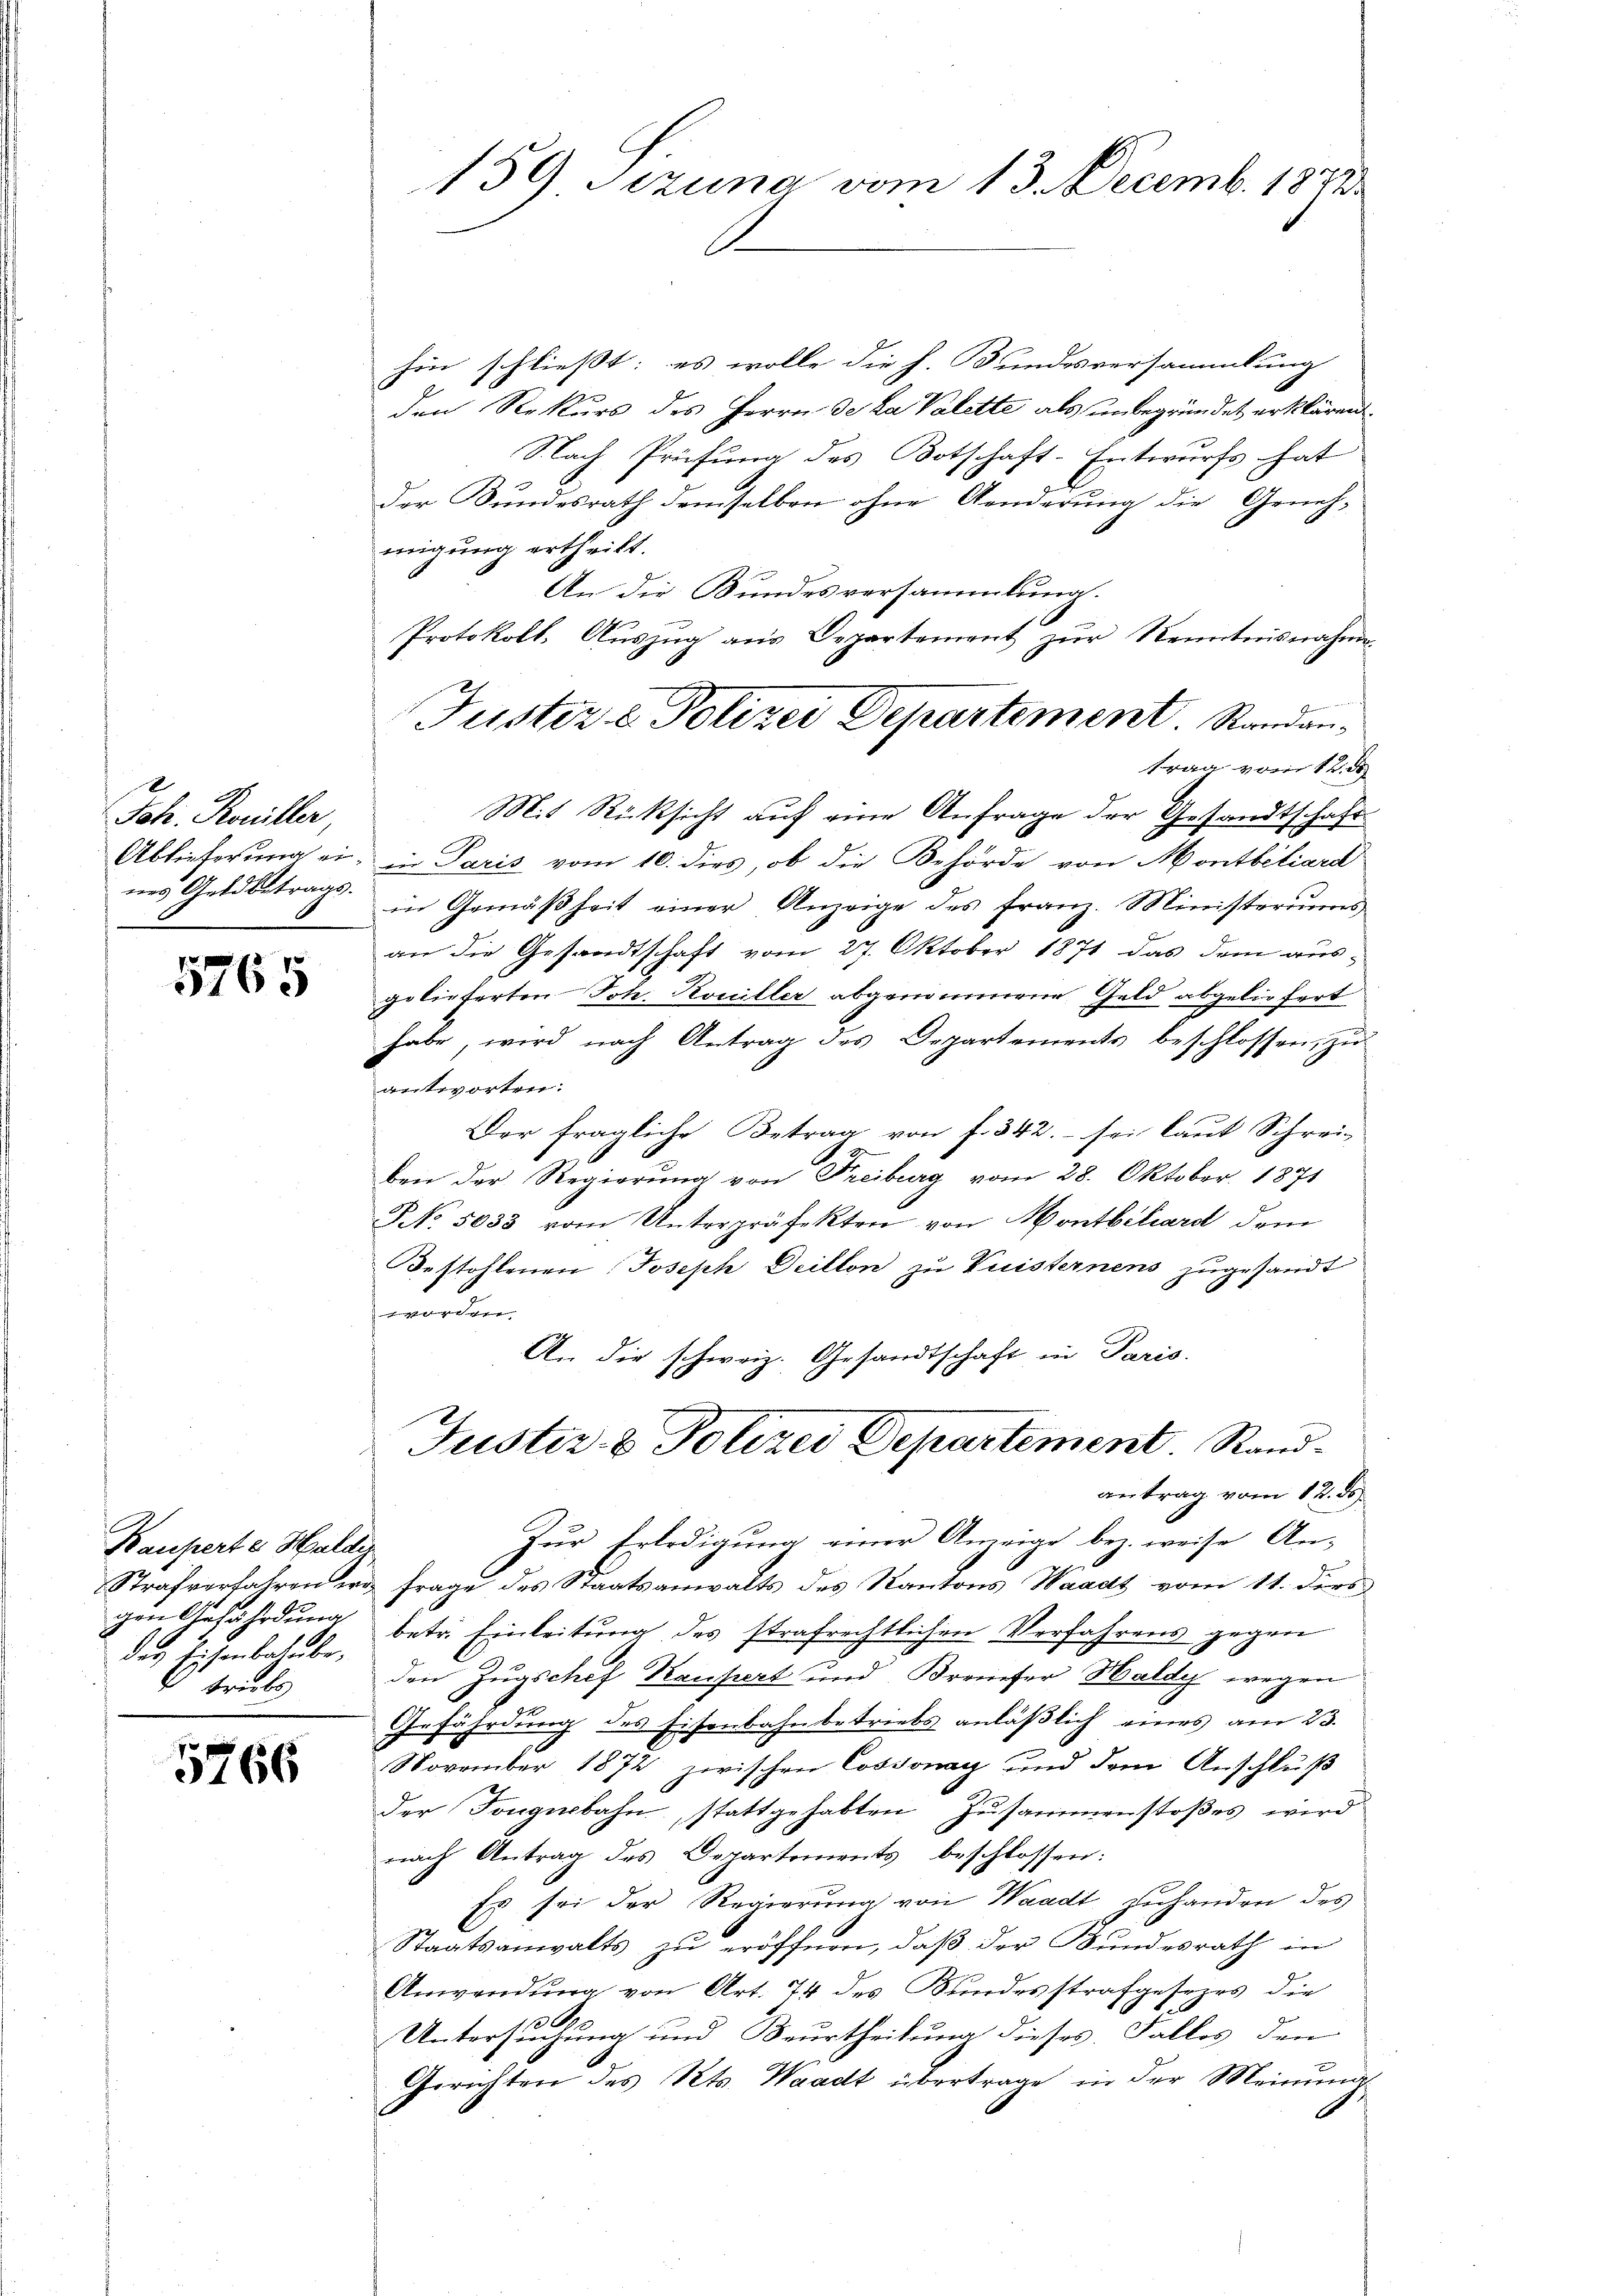
Joh. Koniller,
nes Geldbetrags.

5765

Kauperte Halder
gen Anfährdung
des Eisenbahnbe¬
1 Trubs

5766

159 Sizung vom 13. Decemb. 1871

hin schließt; es wolle die h. Bundesversammlung
den Rekurs des Herrn de la Valette als unbegründet erklären.
S.Nach Prüfung des Botschaft-Entwurfs hat
der Bundesrath demselben ohne Aenderung die Geneh-
migung ertheilt.
An die Bundesversammlung.
Protokoll. Aŭszŭg aŭs Departement zŭr Kenntnisnahmen
trag vom 12. de
Mit Rücksicht auf eine Anfrage der Gesandtschaft
Abtieferung ein, in Paris vom 10. dies, ob die Behörde von Montbiliard
in Gemäßheit einer Anzeige des Franz. Ministeriums
an die Gesandtschaft vom 27. Oktober 1871 das dem aus-
gelieferten Joh. Koniller abgenommene Geld abgeliefert
habe, wird nach Antrag des Departements beschlossen, zu
antworten:
Der fragliche Betrag von f. 342. – sei laut Schreiben der Regierŭng von Freiburg vom 28. Oktober. 1871
NNo. 5033 vom Unterpräfekten von Montbiliard dem
Bestohlenen Joseph Deillon zu Quisternens zugesandt
worden.
An die schweiz. Gesandtschaft in Paris.
Justiz- & Polizei Departement. Sandantrag vom 12. de
Zur Erledigung einer Anzeige bez. weise An-
Strafverfahren in Frage des Staatsanwalts des Kantons Waadt vom 11. ders
betr. Einleitung des strafrechtlichen Verfahrens gegen
den Zugschef Kaufert und Breiser Haldy wegen
Gefährdung des Eisenbahnbetriebs anläßlich eines am 23.
November 1872 zwischen Cossonay und dem Anschluß
der Tongebahn, stattgehabten Zusammenstoßes wird
nach Antrag des Departements beschlossen:
Es sei der Regierung von Waadt zuhanden des
Staatsanwalts zu eröffnen, daß der Bundesrath in
Anwendung von Art. 74 des Bundesstrafgesezes die
Untersuchung und Beurtheilung dieses Falles den
Gerichten des Kts. Waadt übertrage in der Meinung

Justiz & Polizei Departement. Standan¬